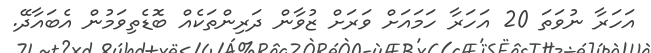
އަހަރާ ނުވަތަ 20 އަހަރާ ހަމައަށް ވަރަށް ޒުވާން ދަރިންތަކެއް ބޮޑެތިވަމުން އެބައާދޭ.